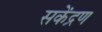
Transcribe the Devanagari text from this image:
सकेंद्रण